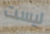
ليست